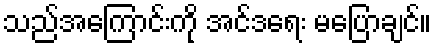
သည်အကြောင်းကို အင်ဒရေး မပြောချင်။